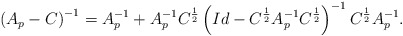
\begin{align*}\left( A_p -C\right)^{-1} = A_p^{-1} + A_p^{-1}C^{\frac{1}{2}}\left( Id - C^{\frac{1}{2}}A_p^{-1}C^{\frac{1}{2}}\right)^{-1}C^{\frac{1}{2}}A_p^{-1}.\end{align*}